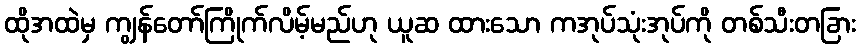
ထိုအထဲမှ ကျွန်တော်ကြိုက်လိမ့်မည်ဟု ယူဆ ထားသော ကအုပ်သုံးအုပ်ကို တစ်သီးတခြား